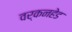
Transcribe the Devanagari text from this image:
वर्कनहेड